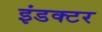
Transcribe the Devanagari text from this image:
इंडक्टर